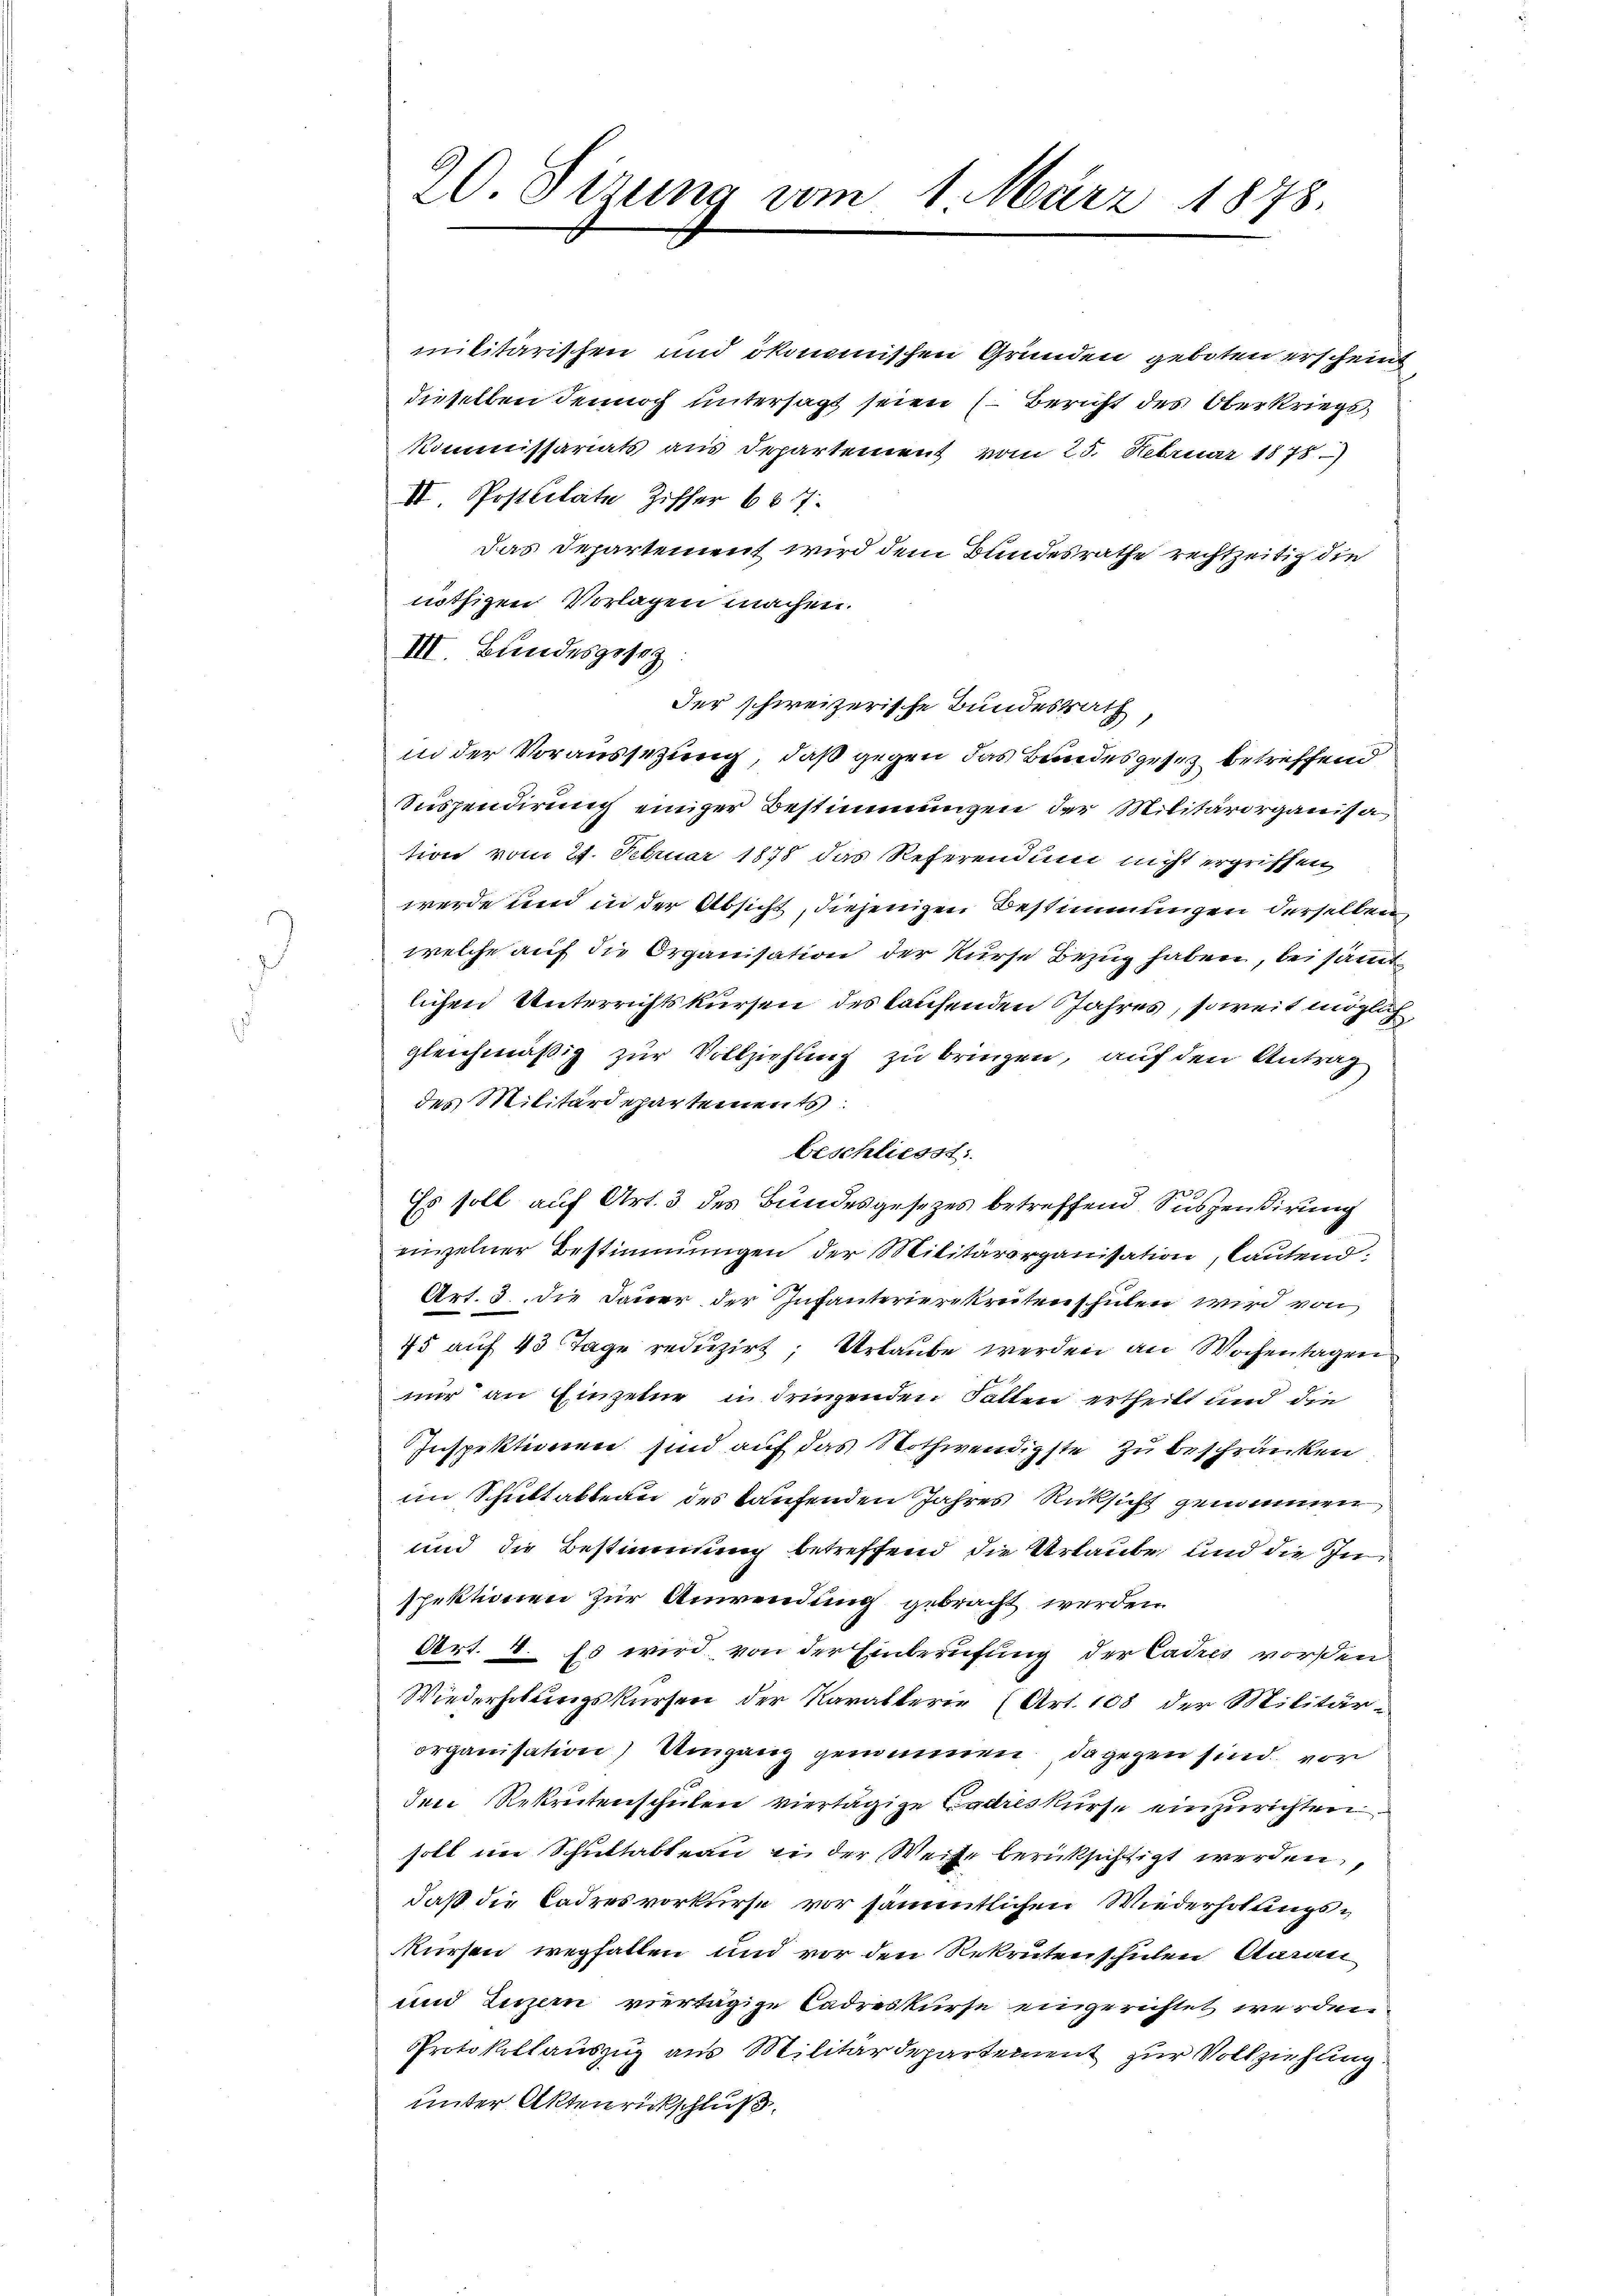
20. Sitzung am 1. März 1878.

militärischen und ökonomischen Grunden geboten erscheint
dieselben dennoch untersagt seien ( Bericht des Oberkriegs
Kommissariats aus Departement vom 25. Februar 1878)
II. Postcitate Ziffer 667.
Das Departement wird dem Bundesrathe rechtzeitig die
nöthigen Vorlagen machen.
III. Bundesgesez
Der schweizerische Bundesrath,
in der Voraussetzung, daß gegen das Bundesgesetz betreffend
Suspendirung einiger Bestimmungen der Militärorganisa
tion vom 21. Februar 1878 das Referendung nicht ergriffen
werde und in der Absicht, diejenigen Bestimmungen derselben
welche auf die Organisation der Kurse Bezug haben, bei sämmt
lichen Unterrichtskursen des laufenden Jahres, soweit möglich,
gleichmäßig zur Vollziehung zu bringen, auf den Antrag
des Militärdepartements:
beschliesst
Es soll auf Art. 3 des Bundesgesezes betreffend Suspendirung
einzelner Bestimmungen der Militärorganisation, lautend:
Art. 3. die Dauer der Infanterierekreten schulen wird von
75 auf 43 Tage reduzirt; Urlaube werden an Wochentagen
nur an Einzelne in dringenden Fallen ertheilt und die
Inspektionen sind auf das Nothwendigste zu beschränken
im Schultaktern des kaufenden Jahres Rücksicht genommen
und die Bestimmung betreffend die Urlaube und die Inspektionen zur Anwendung gebracht werden.
Art. 8. Es wird von der Einberufung der Cadres vorsten
Wiederholungskursen der Kavallerie (Art. 108 der Militär-
organisation) Umgang genommen, dagegen sind, vor
den Rekretenschulen viertägige Cadreskurse einzurichten.
soll im Schultableau in der Weise berücksichtigt werden,
daß die Cadres vorkurse vor sämmtlichen Wiederholungskursen wegfallen und vor den Rekrutenschulen Aarau
und Luzern vertägige Cadreskurse eingerichtet werden.
Protokollauszug aus Militärdepartement zur Vollziehung
unter Aktenrückschluß